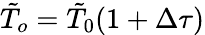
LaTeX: \tilde{T}_{o}=\tilde{T}_{0}(1+\Delta\tau)